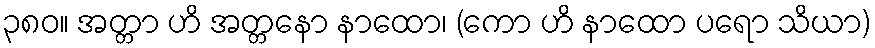
၃၈၀။ အတ္တာ ဟိ အတ္တနော နာထော၊ (ကော ဟိ နာထော ပရော သိယာ)